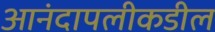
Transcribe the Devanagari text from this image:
आनंदापलीकडील